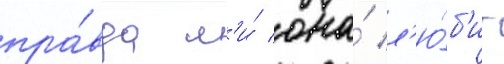
пра́вда л'и́ она́ л'ю́б'ит